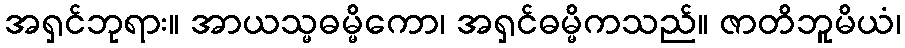
အရှင်ဘုရား။ အာယသ္မဓမ္မိကော၊ အရှင်ဓမ္မိကသည်။ ဇာတိဘူမိယံ၊